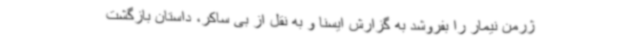
ژرمن نیمار را بفروشد به گزارش ایسنا و به نقل از بی ساکر، داستان بازگشت